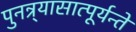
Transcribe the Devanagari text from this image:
पुनन्र्यासात्पूर्यन्ते